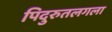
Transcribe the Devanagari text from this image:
पिदुरुतलगला